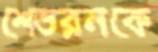
শেভরনকে